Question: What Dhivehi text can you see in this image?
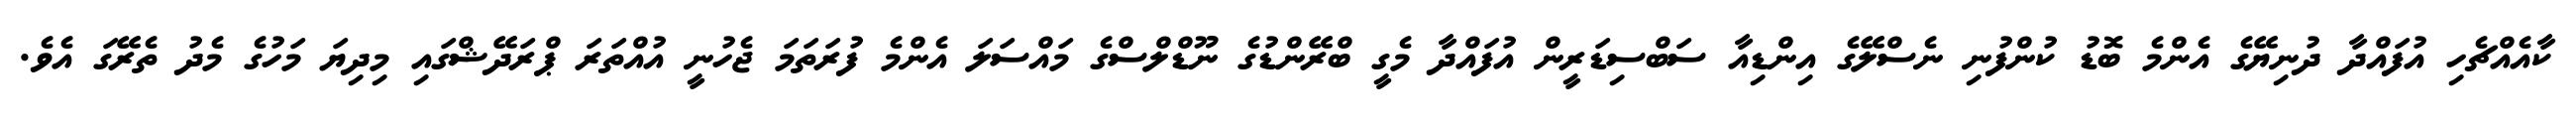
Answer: ކާއެއްޗެހި އުފައްދާ ދުނިޔޭގެ އެންމެ ބޮޑު ކުންފުނި ނެސްލޭގެ އިންޑިއާ ސަބްސިޑަރީން އުފައްދާ މެގީ ބްރޭންޑުގެ ނޫޑްލްސްގެ މައްސަލަ އެންމެ ފުރަތަމަ ޖެހުނީ އުއްތަރަ ޕްރަދޭޝްގައި މިދިޔަ މަހުގެ މެދު ތެރޭގަ އެވެ.